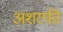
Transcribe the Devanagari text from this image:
अशरफी